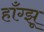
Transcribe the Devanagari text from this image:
हाँग्झू